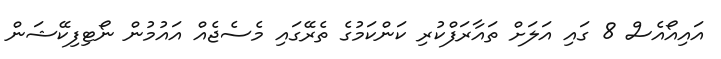
އައިއޯއެސް 8 ގައި އަލަށް ތައާރަފްކުރި ކަންކަމުގެ ތެރޭގައި މެސެޖެއް އައުމުން ނޯޓިފިކޭޝަން